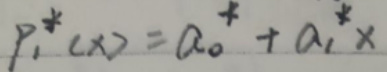
\[
p_1^*(x)=a_0^* + a_1^*x
\]